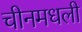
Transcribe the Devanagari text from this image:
चीनमधली